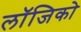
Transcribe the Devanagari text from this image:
लॉजिको